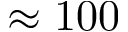
\approx 1 0 0